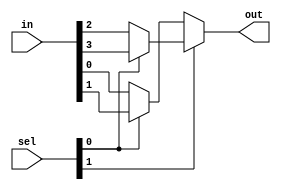
module mux_4to1_dataflow (out, in, sel);

output out;
input [3:0] in;
input [1:0] sel;

assign out = sel[1] ? (sel[0] ? in[3]:in[2]):
                      (sel[0] ? in[1]:in[0]);

endmodule